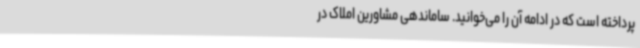
پرداخته است که در ادامه آن را می‌خوانید. ساماندهی مشاورین املاک در